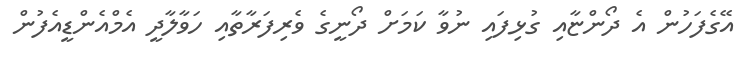
އޭގެފަހުން އެ ދޯންޏާއި ގުޅިފައި ނުވާ ކަމަށް ދޯނީގެ ވެރިފަރާތާއި ހަވާލާދީ އެމްއެންޑީއެފުން